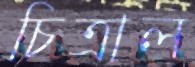
চিত্রাল